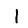
Digit: 1